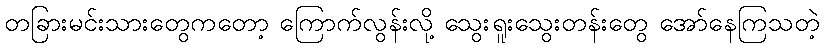
တခြားမင်းသားတွေကတော့ ကြောက်လွန်းလို့ သွေးရူးသွေးတန်းတွေ အော်နေကြသတဲ့